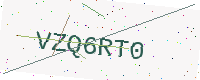
Text: VZQ6RT0